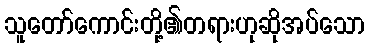
သူတော်ကောင်းတို့၏တရားဟုဆိုအပ်သော